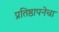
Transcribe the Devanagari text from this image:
प्रतिष्ठापनेचा